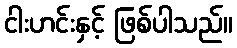
ငါးဟင်းနှင့် ဖြစ်ပါသည်။